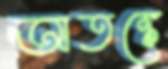
আতঙ্কে